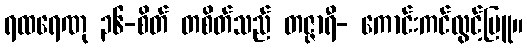
ရထရေဏု ၃၆-စိတ် တစိတ်သည် တဇ္ဇာရီ- ကောင်းကင်လွင့်မြူ။